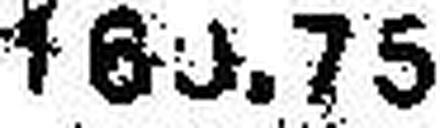
160.75